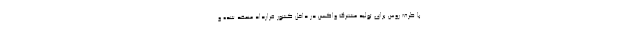
با طرف روس برای تولید مشترک واکسن در داخل کشور قرارداد منعقد شده و